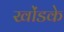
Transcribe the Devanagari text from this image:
खोंडके